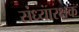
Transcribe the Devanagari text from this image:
संध्यारक्षक